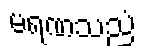
မရဏသညံ